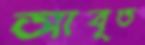
আবৃত